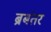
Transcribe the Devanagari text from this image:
ब्रबंतर